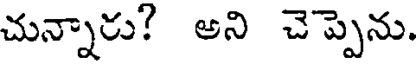
చున్నారు? అని చెప్పెను.